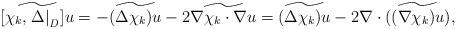
LaTeX: \begin{align*}\widetilde{[\chi_k, \left. \Delta \right|_{\mathit{D}}] u}=- \widetilde{(\Delta \chi_k) u} - 2 \widetilde{\nabla \chi_k\cdot \nabla u}=\widetilde{(\Delta \chi_k) u}- 2\nabla \cdot (\widetilde{(\nabla \chi_k )u}),\end{align*}